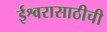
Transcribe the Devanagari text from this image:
ईश्वरासाठीची